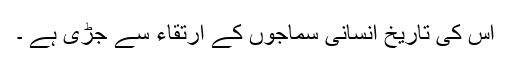
اس کی تاریخ انسانی سماجوں کے ارتقاء سے جُڑی ہے ۔